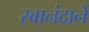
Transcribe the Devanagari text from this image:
स्वानंदानें